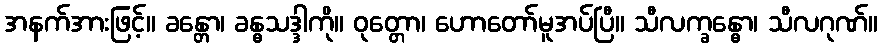
အနက်အားဖြင့်။ ခန္တော၊ ခန္ဓသဒ္ဒါကို။ ဝုတ္တော၊ ဟောတော်မူအပ်ပြီ။ သီလက္ခန္ဓော၊ သီလဂုဏ်။